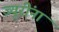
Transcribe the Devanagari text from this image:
ज्यूरींना